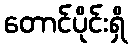
တောင်ပိုင်းရှိ